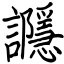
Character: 讔